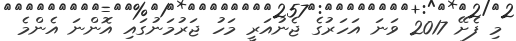
މި ފެށޭ 2017 ވަނަ އަހަރުގެ ޖެނުއަރީ މަހު ޖަރުމަނުގައި އޮންނަ އެންމެ